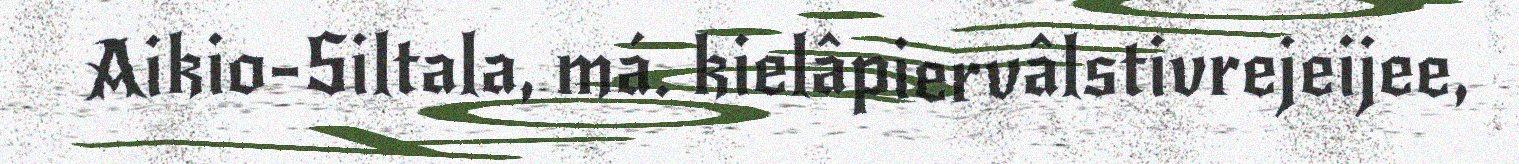
Aikio-Siltala, má. kielâpiervâlstivrejeijee,